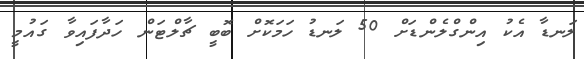
ލަނޑާ އެކު އިންގްލެންޑަށް 50 ލަނޑު ހަމަކޮށް ބޮބީ ޗާލްޓަން ހަދާފައިވާ ގައުމީ